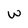
Character: w